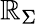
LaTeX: \mathbb{R}_{\Sigma}